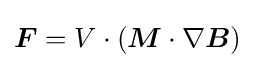
{\boldsymbol {F}}=V\cdot ({\boldsymbol {M}}\cdot \nabla {\boldsymbol {B}})